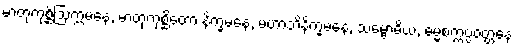
မာတုကုစ္ဆိဩက္ကမနေ, မာတုကုစ္ဆိတော နိက္ခမနေ, မဟာဘိနိက္ခမနေ, သမ္ဗောဓိယံ, ဓမ္မစက္ကပ္ပဝတ္တနေ